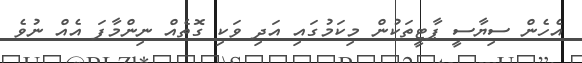
އެހެން ސިޔާސީ ޕާޓީތަކުން މިކަމުގައި އަދި ވަކި ގޮތެއް ނިންމާފަ އެއް ނުވެ